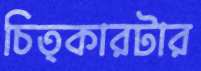
চিত্কারটার